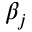
\beta _ { j }